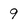
Character: 9